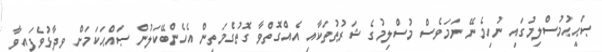
ޞަޙީޙުމުސްލިމުގައި ނުހިމެނޭ ނަމަވެސް މުސްލިމުގެ ޝަރުޠުތަކާއި އެއްގޮތްވާ ގޮތުގެމަތިން އެހެންބޭކަލުން ޞައްޙަކަމަށް ވިދާޅުވެފައިވާ